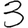
Digit: 3